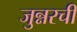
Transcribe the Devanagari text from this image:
जुन्नरची